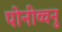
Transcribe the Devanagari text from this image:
पोनीव्वनु